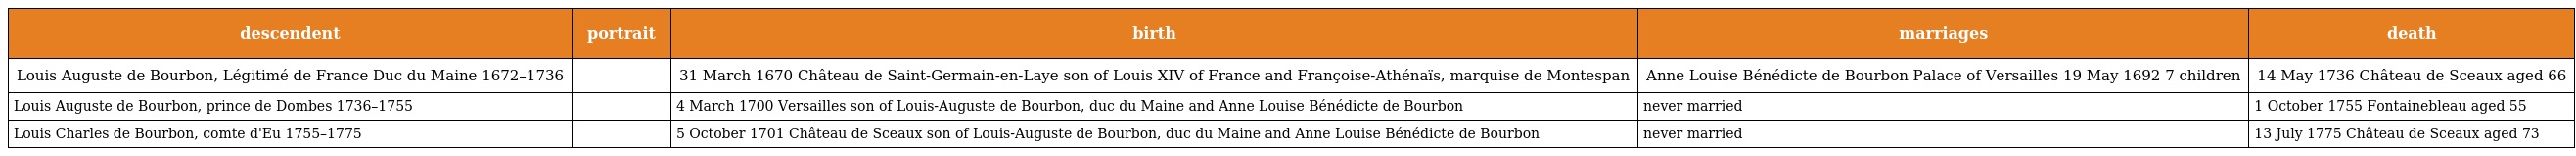
| descendent | portrait | birth | marriages | death |
 | --- | --- | --- | --- | --- |
 | Louis Auguste de Bourbon, Légitimé de France Duc du Maine 1672–1736 |  | 31 March 1670 Château de Saint-Germain-en-Laye son of Louis XIV of France and Françoise-Athénaïs, marquise de Montespan | Anne Louise Bénédicte de Bourbon Palace of Versailles 19 May 1692 7 children | 14 May 1736 Château de Sceaux aged 66 |
 | Louis Auguste de Bourbon, prince de Dombes 1736–1755 |  | 4 March 1700 Versailles son of Louis-Auguste de Bourbon, duc du Maine and Anne Louise Bénédicte de Bourbon | never married | 1 October 1755 Fontainebleau aged 55 |
 | Louis Charles de Bourbon, comte d'Eu 1755–1775 |  | 5 October 1701 Château de Sceaux son of Louis-Auguste de Bourbon, duc du Maine and Anne Louise Bénédicte de Bourbon | never married | 13 July 1775 Château de Sceaux aged 73 |